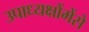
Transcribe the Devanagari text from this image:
उपाध्यक्षोंमेंसे